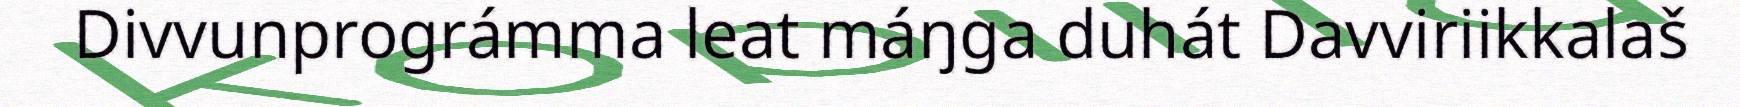
Divvunprográmma leat máŋga duhát Davviriikkalaš